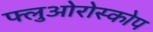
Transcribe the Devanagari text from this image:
फ्लुओरोस्कोप